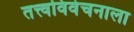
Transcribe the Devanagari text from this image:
तत्त्वविवेचनाला